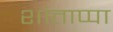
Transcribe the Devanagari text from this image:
शांताप्पा